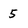
Character: 5